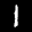
Label: 1